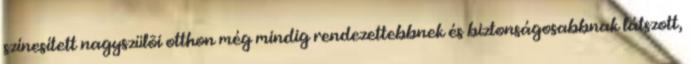
színesített nagyszülõi otthon még mindig rendezettebbnek és biztonságosabbnak látszott,